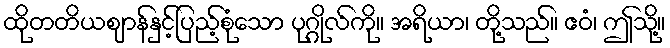
ထိုတတိယဈာန်နှင့်ပြည့်စုံသော ပုဂ္ဂိုလ်ကို။ အရိယာ၊ တို့သည်။ ဧဝံ၊ ဤသို့။